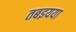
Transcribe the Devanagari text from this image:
तबइयया